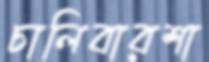
চালিবারশা